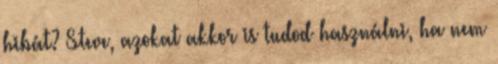
hibát? Steve, azokat akkor is tudod használni, ha nem